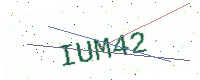
Text: IUM42